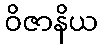
ဝိဇာနိယ